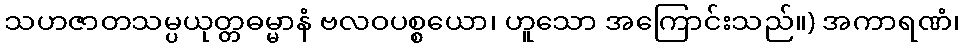
သဟဇာတသမ္ပယုတ္တဓမ္မာနံ ဗလဝပစ္စယော၊ ဟူသော အကြောင်းသည်။) အကာရဏံ၊